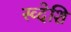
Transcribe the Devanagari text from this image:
स्व्देशि